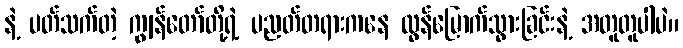
နဲ့ ပတ်သက်တဲ့ ကျွန်တော်တို့ရဲ့ ပညတ်တရားကနေ လွန်မြောက်သွားခြင်းနဲ့ အတူတူပါပဲ။